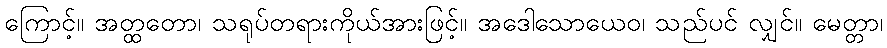
ကြောင့်။ အတ္ထတော၊ သရုပ်တရားကိုယ်အားဖြင့်။ အဒေါသောယေဝ၊ သည်ပင် လျှင်။ မေတ္တာ၊